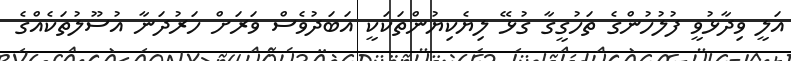
އަލީ ވިދާޅުވީ ފުލުހުންގެ ތަހުގީގާ ގުޅޭ ލިޔެކިޔުންތަކަކީ އަބަދުވެސް ވަރަށް ހަރުދަނާ އުސޫލުތަކެއްގެ